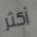
أكثر